Report on sanitation, dispensaries, and jails in Rajputana for 1913, and on vaccination for the year 1913-1914 - 1913-1914
Year: 1913
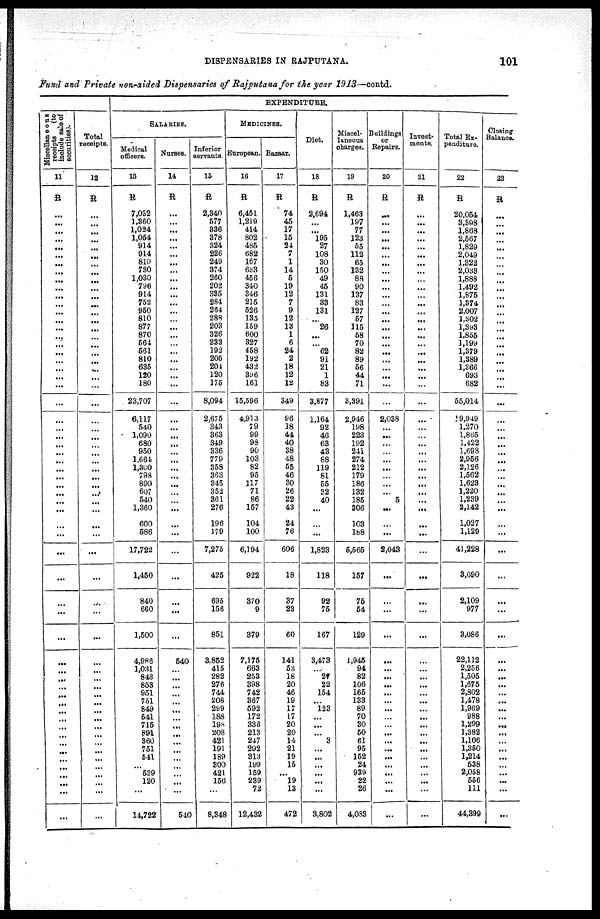
DISPENSARIES IN RAJPUTANA.
101
Fund and Private non-aided Dispensaries of Rajputana for the year 1913—contd.
Miscellaneous
receipts (to
include sale of
securities).
11
R
...
...
...
...
...
...
...
...
...
...
...
...
...
...
...
...
...
...
...
...
...
...
...
...
...
...
...
...
...
...
...
...
...
...
...
...
...
...
...
...
...
...
...
...
...
...
...
...
...
...
...
...
...
...
...
...
...
...
...
...
Total
receipts.
12
R
...
...
...
...
...
...
...
...
...
...
...
...
...
...
...
...
...
...
...
...
...
...
...
...
...
...
...
...
...
...
...
...
...
...
...
...
...
...
...
...
...
...
...
...
...
...
...
...
...
...
...
...
...
...
...
...
...
...
...
...
EXPENDITURE.
SALARIES.
Medical
officers.
13
R
7,032
1,360
1,024
1,054
914
914
810
730
1,030
796
914
752
950
810
877
870
564
561
810
635
120
180
23,707
6,117
540
1,090
680
950
1,664
l,300
798
890
607
540
1,360
600
586
17,722
1,450
840
660
1,500
4,986
1,031
843
853
951
751
849
541
715
891
360
751
541
...
639
120
...
14,722
Nurses.
14
R
...
...
...
...
...
...
...
...
...
...
...
...
...
...
...
...
...
...
...
...
...
...
...
...
...
...
...
...
...
...
...
...
...
...
...
...
...
...
...
...
...
...
640
...
...
...
...
...
...
...
...
...
...
...
...
...
...
...
...
540
Inferior
servants.
15
R
2,340
577
336
378
324
226
249
374
260
202
335
284
264
288
203
326
232
192
206
204
120
175
8,094
2,675
343
363
349
336
779
358
363
345
352
361
276
196
179
7,275
425
695
156
851
3,852
415
282
276
744
208
299
188
198
208
421
191
189
300
421
156
...
8,348
MEDICINES.
European.
16
R
6,451
1,219
414
802
485
682
167
633
456
340
346
215
526
135
159
600
327
458
192
432
396
161
15,596
4,913
79
99
98
90
103
82
95
117
71
86
157
104
100
6,194
922
370
9
379
7,175
663
253
398
742
367
592
172
336
213
247
292
313
199
159
239
72
12,432
Bazaar.
17
R
74
45
17
15
24
7
1
14
5
19
12
7
9
12
13
1
6
24
2
18
12
12
349
96
18
44
40
38
48
55
46
30
26
22
43
24
76
606
18
37
23
60
141
53
18
20
46
19
17
17
20
20
14
21
19
15
...
19
13
472
Diet.
18
R
2,694
...
...
195
27
108
30
150
49
45
131
33
131
...
26
...
...
62
91
21
1
83
3,877
1,164
92
46
63
43
88
119
81
55
32
40
...
...
...
1,823
118
92
75
167
3,473
...
27
22
154
...
123
...
...
...
3
...
...
...
...
...
...
3,802
Miscel-
laneous
charges.
19
R
1,463
197
77
123
55
112
65
132
88
90
137
83
127
57
115
58
70
82
89
56
44
71
3,391
2,946
198
223
192
241
274
212
179
186
132
185
306
103
188
5,565
157
75
54
129
1,945
94
82
106
165
133
89
70
30
50
61
95
152
24
939
22
26
4,083
Buildings
or
Repairs.
20
R
...
...
...
...
...
...
...
...
...
...
...
...
...
...
...
...
...
...
...
...
...
...
...
2,038
...
...
...
...
...
...
...
...
...
5
...
...
...
2,043
...
...
...
...
...
...
...
...
...
...
...
...
...
...
...
...
...
...
...
...
...
...
Invest¬
ments.
21
R
...
...
...
...
...
...
...
...
...
...
...
...
...
...
...
...
...
...
...
...
...
...
...
...
...
...
...
...
...
...
...
...
...
...
...
...
...
...
...
...
...
...
...
...
...
...
...
...
...
...
...
...
...
...
...
...
...
...
...
...
Total Ex-
penditure.
22
R
20,054
3,398
1,868
2,567
1,829
2,049
1,322
2,033
1,888
1,492
1,875
1,374
2,007
1,302
1,393
1,855
1,199
1,379
1,389
1,366
693
682
55,014
19,949
1,270
1,865
1,422
1,698
2,956
2,126
1,562
1,623
1,220
1,239
2,142
1,027
1,129
41,228
3,090
2,109
977
3,086
22,112
2,256
1,505
1,675
2,802
1,478
1,969
988
1,299
1,382
1,106
1,350
1,214
538
2,058
556
111
44,399
Closing
Balance.
23
R
...
...
...
...
...
...
...
...
...
...
...
...
...
...
...
...
...
...
...
...
...
...
...
...
...
...
...
...
...
...
...
...
...
...
...
...
...
...
...
...
...
...
...
...
...
...
...
...
...
...
...
...
...
...
...
...
...
...
...
...